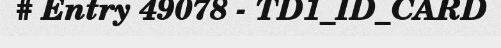
# Entry 49078 - TD1_ID_CARD